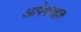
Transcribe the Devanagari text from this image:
आपेगावात